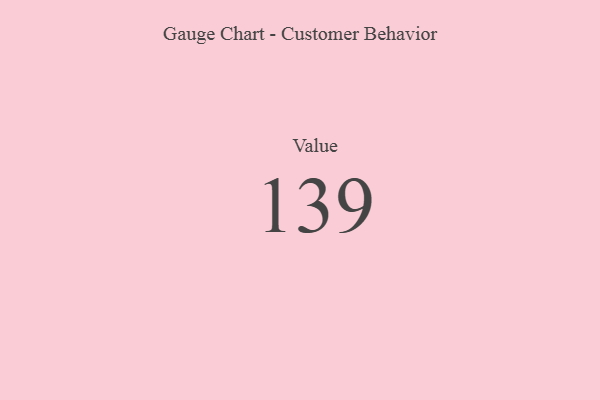
{"axis": {"x": "Metric", "y": "Value"}, "legend": [""], "data": [{"x": "Value", "y": 139, "type": ""}]}